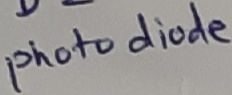
Text: photodiode